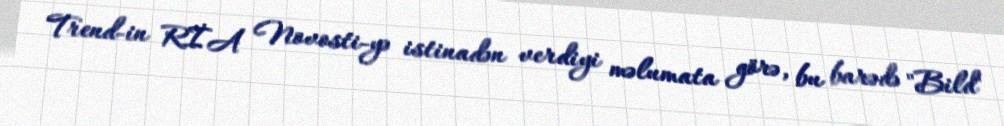
Trend-in RİA Novosti-yə istinadən verdiyi məlumata görə, bu barədə "Bild"